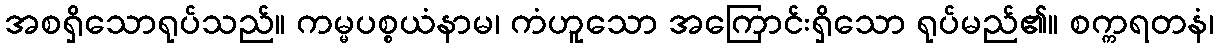
အစရှိသောရုပ်သည်။ ကမ္မပစ္စယံနာမ၊ ကံဟူသော အကြောင်းရှိသော ရုပ်မည်၏။ စက္ကရတနံ၊